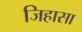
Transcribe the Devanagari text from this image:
जिहासा